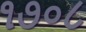
૧૭૦૮